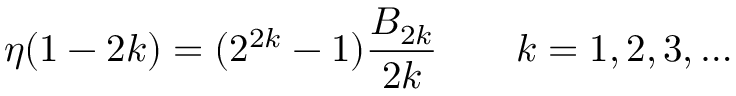
\eta ( 1 - 2 k ) = ( 2 ^ { 2 k } - 1 ) { \frac { { \cal B } _ { 2 k } } { 2 k } } \qquad k = 1 , 2 , 3 , \ldots